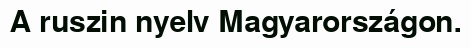
A ruszin nyelv Magyarországon.